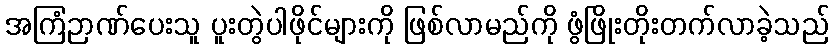
အကြံဉာဏ်ပေးသူ ပူးတွဲပါဖိုင်များကို ဖြစ်လာမည်ကို ဖွံဖြိုးတိုးတက်လာခဲ့သည်